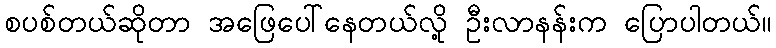
စပစ်တယ်ဆိုတာ အဖြေပေါ်နေတယ်လို့ ဦးလာနန်းက ပြောပါတယ်။